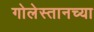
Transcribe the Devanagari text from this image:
गोलेस्तानच्या